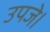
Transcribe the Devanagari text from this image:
उपजे।